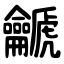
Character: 䶵